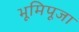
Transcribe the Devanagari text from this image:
भूमिपूजा